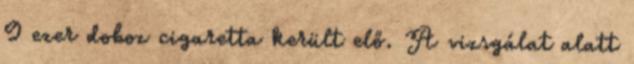
9 ezer doboz cigaretta került elő. A vizsgálat alatt